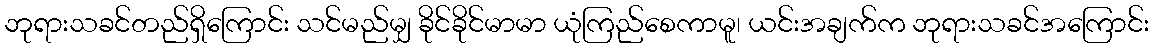
ဘုရားသခင်တည်ရှိကြောင်း သင်မည်မျှ ခိုင်ခိုင်မာမာ ယုံကြည်စေကာမူ၊ ယင်းအချက်က ဘုရားသခင်အကြောင်း